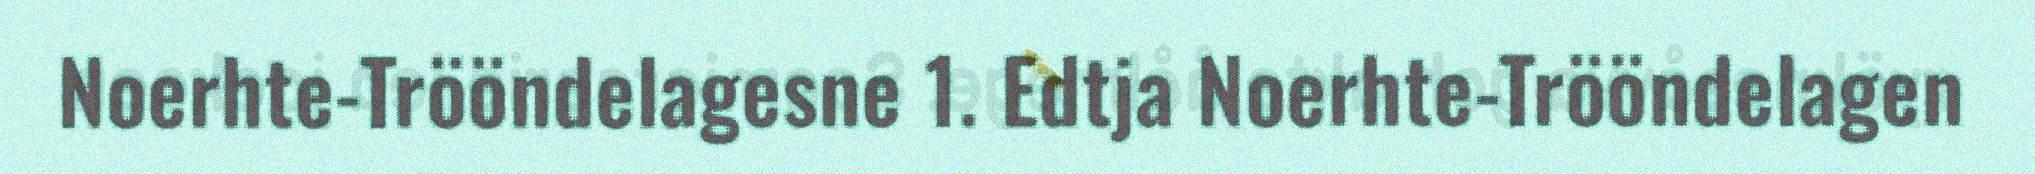
Noerhte-Trööndelagesne 1. Edtja Noerhte-Trööndelagen